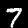
Label: 7